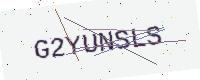
Text: G2YUNSLS